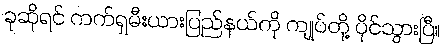
ခုဆိုရင် ကက်ရှမီးယားပြည်နယ်ကို ကျုပ်တို့ ပိုင်သွားပြီ။